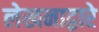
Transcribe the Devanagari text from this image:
लेखनाद्वारे